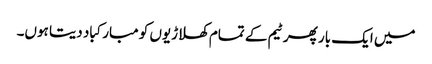
میں ایک بار پھر ٹیم کے تمام کھلاڑیوں کو مبارکباد دیتا ہوں۔